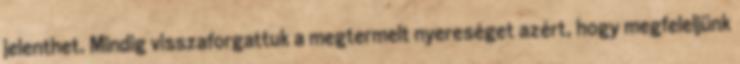
jelenthet. Mindig visszaforgattuk a megtermelt nyereséget azért, hogy megfeleljünk